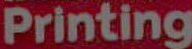
Printing